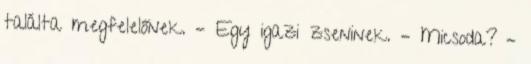
találta megfelelőnek. – Egy igazi zseninek. – Micsoda? –